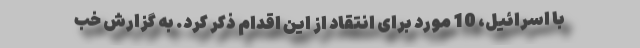
با اسرائیل، 10 مورد برای انتقاد از این اقدام ذکر کرد. به گزارش خب